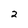
Character: 2